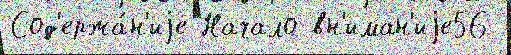
Сод'ержа́н'иjе Начало вн'иман'иjе56